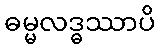
ဓမ္မလဒ္ဓဿာပိ